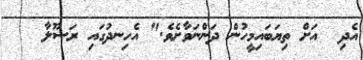
އެދި  އަށް ތިޔަބައިމީހުން ދަންނަވާށެވެ." އެހިނދުގައި ރަސޫލާ